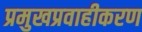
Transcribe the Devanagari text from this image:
प्रमुखप्रवाहीकरण